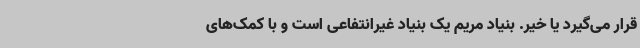
قرار می‌گیرد یا خیر. بنیاد مریم یک بنیاد غیرانتفاعی است و با کمک‌های